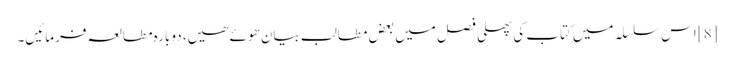
[8] اس سلسلہ میں کتاب کی پھلی فصل میں بعض مطالب بیان ھوئے ھیں، دوبارہ مطالعہ فرمائیں۔